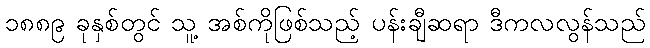
၁၈၈၉ ခုနှစ်တွင် သူ့ အစ်ကိုဖြစ်သည့် ပန်းချီဆရာ ဒီကလလွန်သည်